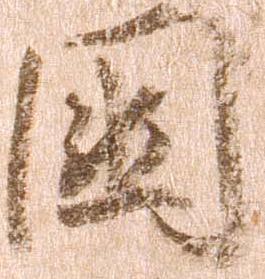
国